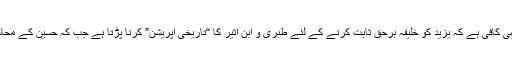
یزید کے مقابلے پر سیدنا حسینؓ کے برحق ہونے کے ثبوت کے لئے یہی کافی ہے کہ یزید کو خلیفہ برحق ثابت کرنے کے لئے طبری و ابن اثیر کا “تاریخی آپریشن” کرنا پڑتا ہے جب کہ حسینؓ کے محاسن احادیث مبارکہ سے چودھویں کے چاند کی طرح روشن و عیاں ہیں۔